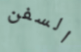
السفن